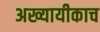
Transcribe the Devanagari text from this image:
अख्यायीकाच